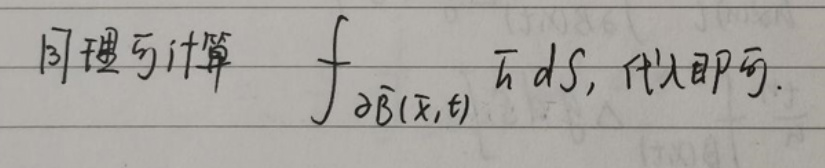
同理可计算 $\oint_{\partial \widehat{B}(\vec{x},t)} \vec{h} \, dS$, 代入即可.